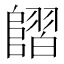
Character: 𨻿